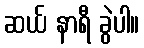
ဆယ် နာရီ ခွဲပါ။